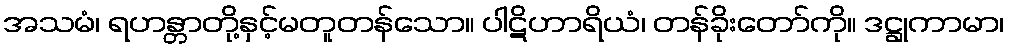
အသမံ၊ ရဟန္တာတို့နှင့်မတူတန်သော။ ပါဋိဟာရိယံ၊ တန်ခိုးတော်ကို။ ဒဋ္ဌုကာမာ၊